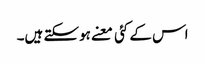
اس کے کئی معنے ہوسکتے ہیں۔